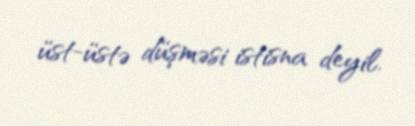
üst-üstə düşməsi istisna deyil.